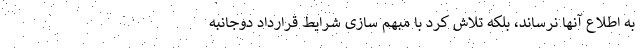
به اطلاع آنها نرساند، بلکه تلاش کرد با مبهم سازی شرایط قرارداد دوجانبه